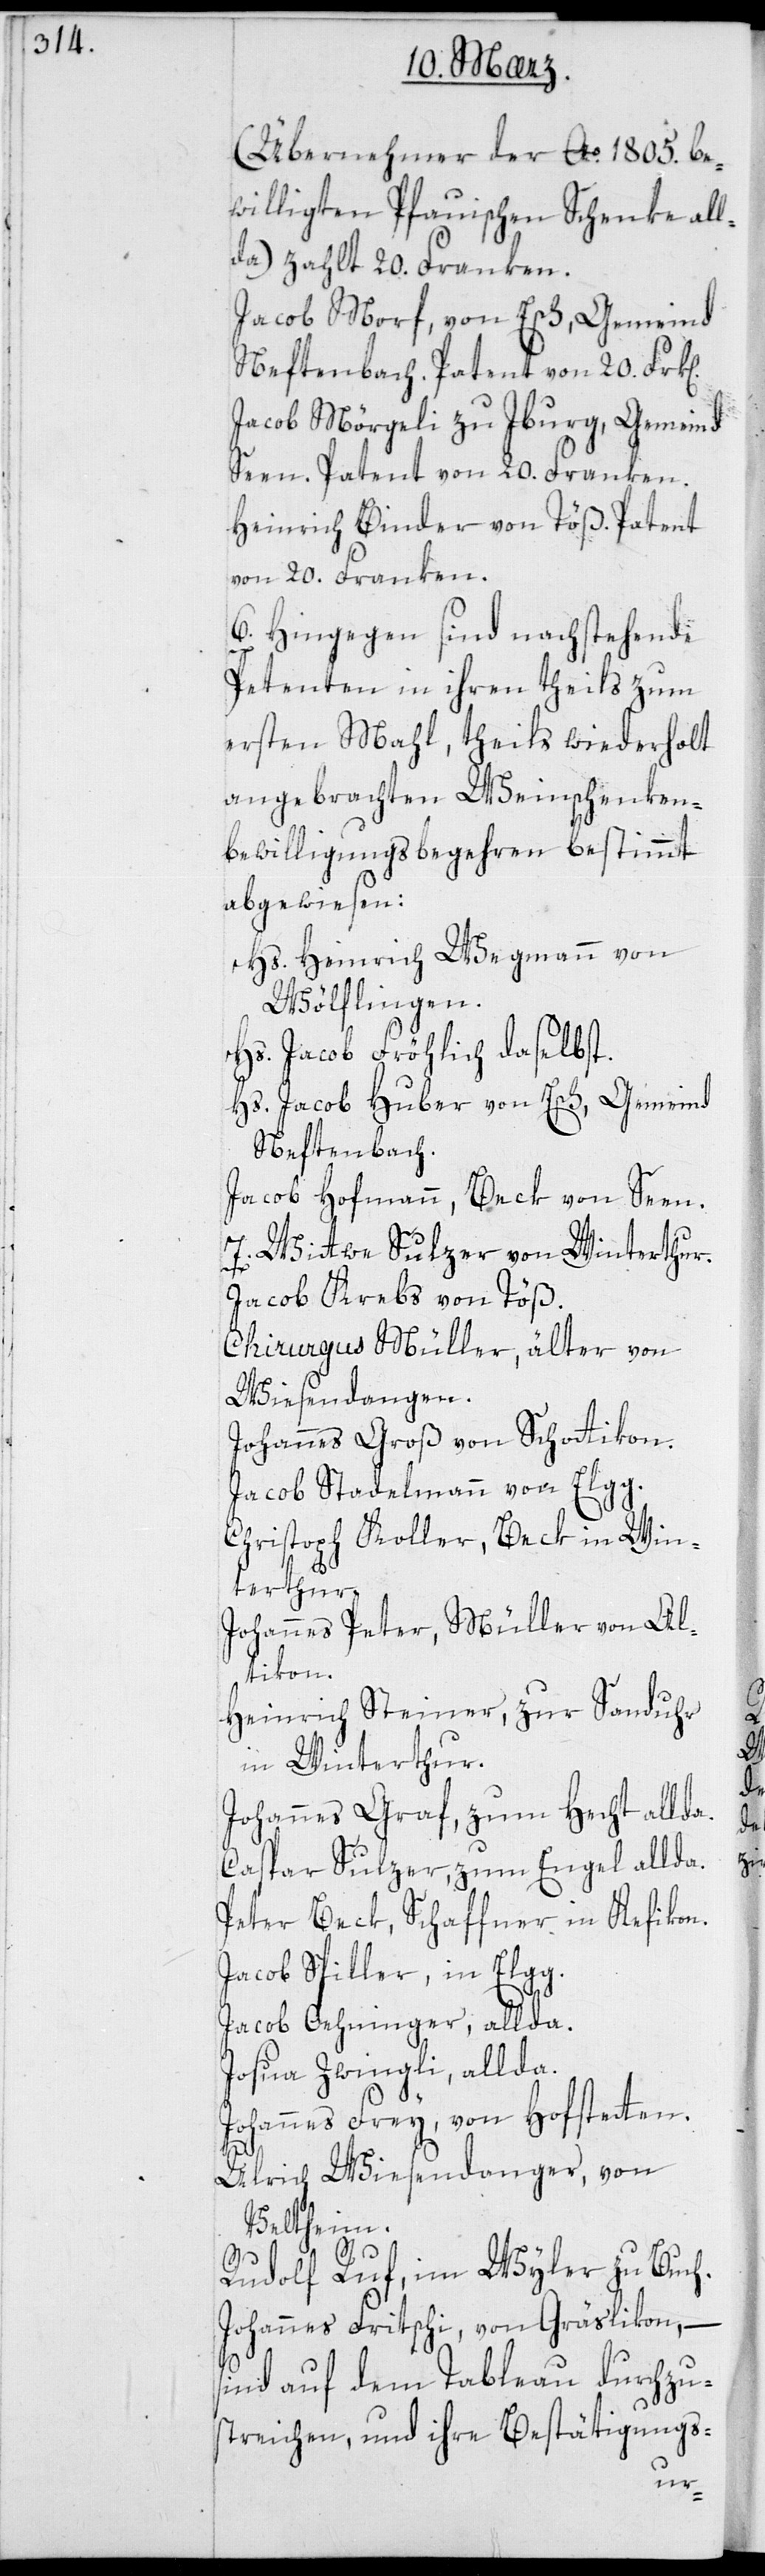
(Übernehmer der Ao. 1805 be¬
willigten Pfauischen Schenke all¬
da) zahlt 20. Franken.
Jacob Morf von Esch, Gemeind
Neftenbach. Patent von 20. Frk[e¬
Jacob Mörgeli zu Iburg, Gemeind
Seen Patent von 20. Franken.
Heinrich Binder von Töß. Patent
von 20. Franken.
6. Hingegen sind nachstehende
Petenten in ihren theils zum
ersten Mahl, theils wiederholt
angebrachten Weinschenken¬
bewilligungsbegehren bestimmt
abgewiesen:
Hs. Heinrich Wegmann von
Wölflingen.
Hs. Jacob Fröhlich daselbst.
Hs. Jacob Huber von Esch, Gemeinde
Neftenbach.
Jacob Hofmann, Beck von Seen.
7. Wittwe Sulzer von Winterthur.
Jacob Krebs von Töß.
Chirurgus Müller, älter, von
Wiesendangen.
Johannes Groß von Schottikon.
Jacob Stadelmann von Elgg.
Christoph Koller, Beck in Win¬
terthur.
Johannes Peter, Müller von Al¬
tikon.
Heinrich Steiner, zur Sanduhr,
in Winterthur.
Johannes Graf, zum Hecht allda.
Caspar Sulzer, zum Engel allda.
Peter Beck, Schaffner in Kefikon.
Jacob Spiller, in Elgg.
Jacob Oehninger, allda.
Josua Zwingli, allda.
Johannes Frey von Hofstetten.
Ulrich Wiesendanger von
Veltheim.
n].
Rudolf Ruf, im Wyler zu Buch.
Johannes Fritschi von Gräslikon; –
sind auf dem Tableau durchzu¬
streichen, und ihre Bestätigungs-